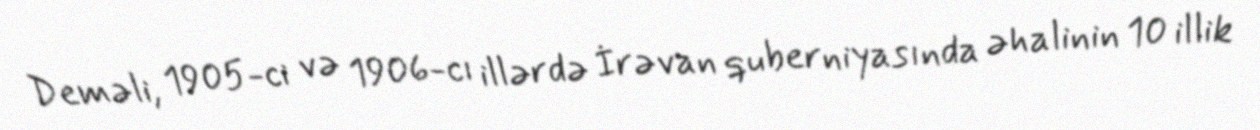
Deməli, 1905-ci və 1906-cı illərdə İrəvan quberniyasında əhalinin 10 illik